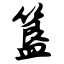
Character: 簋